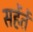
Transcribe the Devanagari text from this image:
सहेंतें